Bréfritari: Sigríður Pálsdóttir
Viðtakandi: Páll Pálsson
Dagsetning: A-1863-04-11
Skrifað á: Breiðabólsstað  Rang.
Páll var bróðir Sigríðar

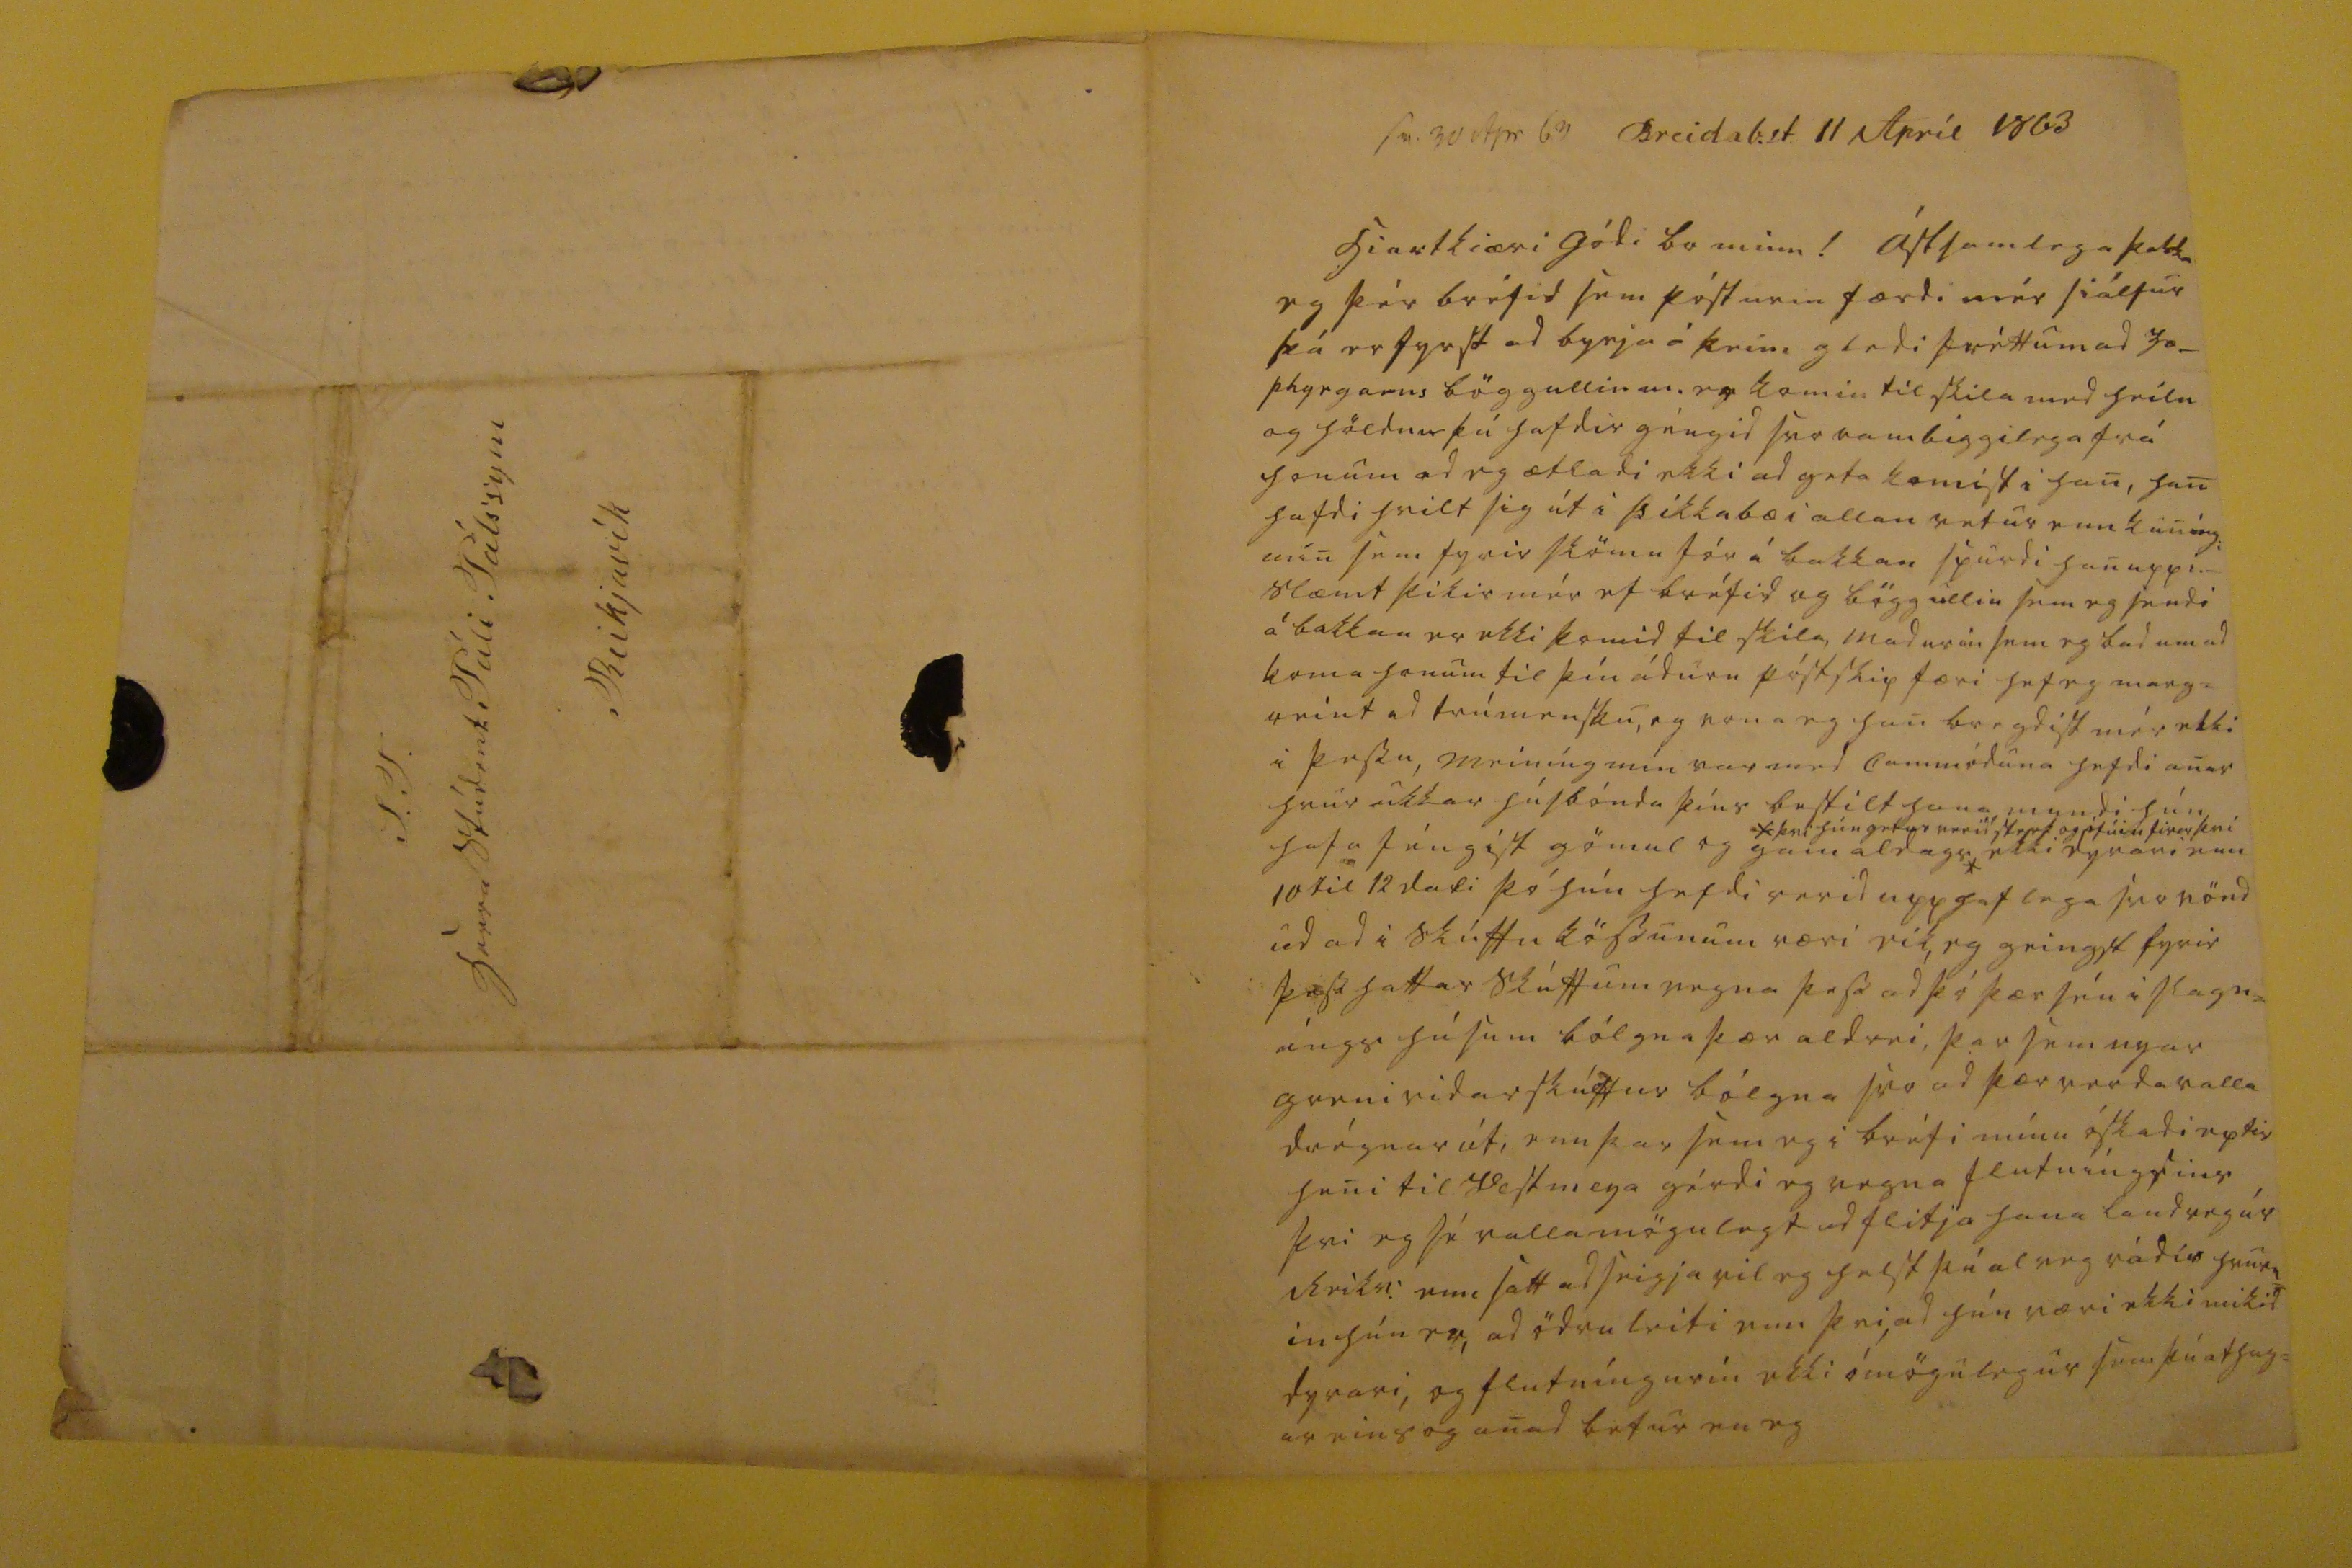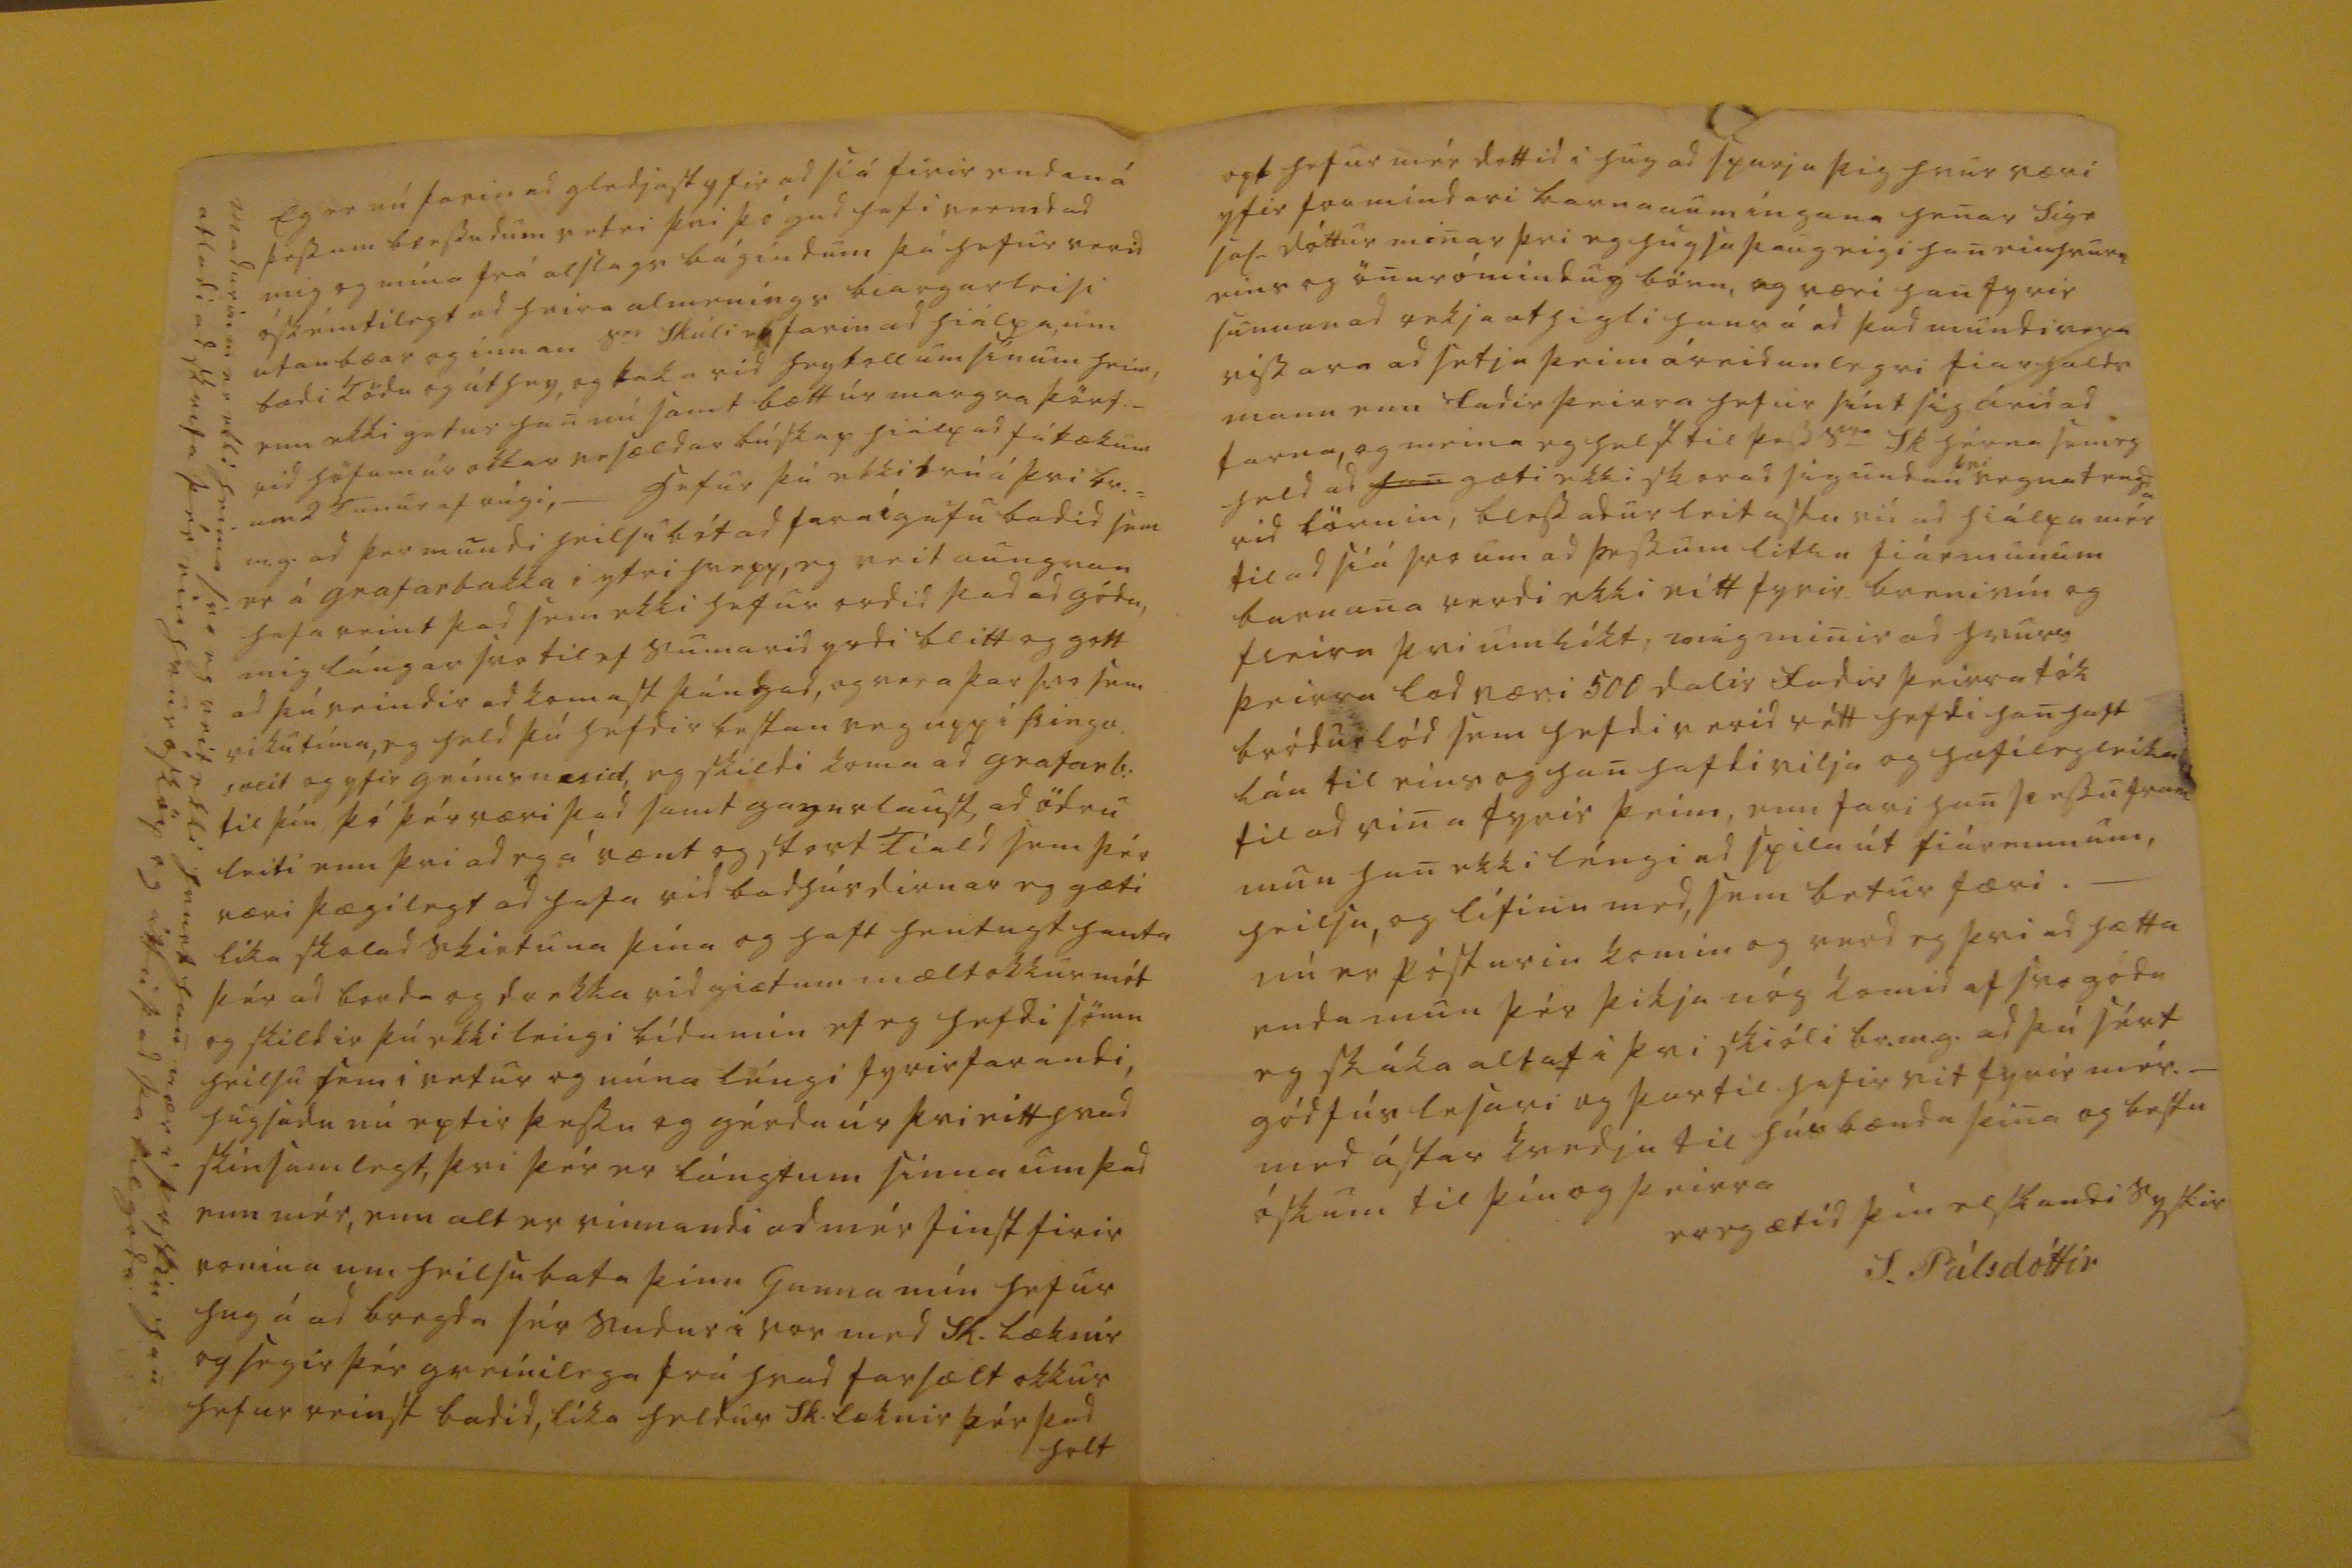

sv. 30 Apr 63
Breidab.st. 11 April 1863
hiartkiæri gódi br minn!
ástsamlega þakka eg þér bréfid sem pósturin færdi mér siálfur þá er fyrst ad byrja á þeim gledi fréttum ad
0o_ plyegarns
böggullin m. er komin til skila med heilu og höldnu þú hafdir géngid svo rambiggilega frá honum ad eg ætladi ekki ad geta komist i han, han hafdi hvilt sig út i þikkabæ i allan vetur enn kuníngi min sem fyrir skömu fór á bakkan spurdi han uppi._ slæmt þikir mér ef bréfid og böggullin sem eg sendi á bakkan er ekki komid til skila, madurin sem eg bad um ad koma honum til þín ádurn póstskip færi hef eg marg= reint ad trúmensku, og vona eg han bregdist mér ekki i þessu, meiníng mín var med commóduna hefdi anar hvur ukkar húsbónda þíns bestilt hana myndi hún hafa féngist gömul og gamaldags*
*þvi hún getur verid sterk og i fúin firir þvi
ekki dyrari enn 10 til 12 dali þó hún hafdi verid upphaflega svo vönd ud ad i skúffu kössunum væri eik, eg geingst fyrir þess hattar skúffum vegna þess ad þó þær séu i slagn= íngs húsum bólgna þær aldrei, þar sem nyar grenividarskúffur bólgna svo ad þær verda valla drégnar út, enn þar sem eg i bréfi mínu óskadi eptir heni til Vestmeya gérdi eg vegna flutníngsins þvi eg sé valla mögulegt ad flitja hana landveg úr Reikv. enn satt ad seigja vil eg helst þá alveg rádin hvurn= in hún er, ad ödru leiti enn þvi, ad hún væri ekki mikid dyrari, og flutníngurin ekki ómögulegur sem þú athug= ar eins og anad betur en eg
Eg var nú farin ad gledjast yfir ad siá firir endan á þessum blessudum vetri þvi þó gud hafi verndad mig og mína frá alslags bágindum þá hefur verid óskémtilegt ad heira almeníngs biargarleisi utanbæar og innan s
er
Skúli er farin ad hiálpa um bædi Tödu og úthug, og taka vid hugkollum sínum heim, enn ekki getur han nú samt bætt úr margra þörf._ vid höfum úr okkar vesældar búskap hiálp ad fátækum um 2 Tunur af rúgi, _ hefur þú ekki trú á þvi br.= m.g. ad þar mundi heilsubót ad fara i gufubadid sem er á grafarbakka i ytri hrepp, eg veit aungvan hafa reint þad sem ekki hefur ordid þad ad gódu, mig lángar svo til ef sumarid yrdi blitt og gott ad þú reindir ad komast þángad, og vera þar svo sem viku tíma, eg held þú hefdir bestan veg upp i Þingv. sveit og yfir grímsnesid, eg skildi koma ad grafarb: til þín þó þér væri þad samt gagnslaust, ad ödru leiti enn þvi ad eg á vænt og stort Tiald sem þér væri þægilegt ad hafa vid badhúsdirnar eg gæti líka skolad skirtuna þína og haft hentugt handa þér ad borda og drekka vid giætum mælt okkur mót og skildir þú ekki leingi bída enn ef eg hefdi sömu heilsu sem i vetur og núna léngi fyrirfarandi, hugsadu nú eptir þessu og gérdu úr þvi eitthvad skinsamlegt, þvi þér er lángtum sinna um þad enn mér, enn alt er vinnandi ad mér first firir vonina um heilsubata þinn Gunna mín hefur hug á ad bregda sér sudur i vor med Sk. læknir og segir þér greinilega frá hvad farsælt okkur hefur reinst badid, líka heldur Sk. læknir þér þad holt
opt hefur mér dottid i hug ad spurja þig hvur væri yfir formindari barnaaumingana henar Sigr
Sal.
dóttur minar þvi eg hugsa þaug eigi han einhvurn eins og önur ómindug börn, og væri han fyrir sunnan ad yrkja athigli hans á ad þad mundi vera vissara ad setja þeim áreidanlegri fiarhalds mann enn fadir þeirra hefur sínt sig árid ad farna, og meina eg helst til þess s
er
Sk hérna sem eg held ad
han
gæti ekki skorad sig undan
þvi
vegna tengda vid börnin, blessadur leitastu vid ad hiálpa mér til ad siá svo um ad þessum litlu fiármunum barnana verdi ekki eitt fyrir brenivín og fleira þvi um líkt, mig minir ad hvurs þeirra lod væri 500 dalir fadir þeirra tók bródur lód sem hefdi verid rétt hefdi han haft lán til eins og han hafdi vilja og hæfileg leika til ad vina fyrir þeim, enn fari han þessu fram mun han ekki léngi ad spila út fiármunum, heilsu, og lífinu med, sem betur færi. _ nú er pósturin komin og verd eg þvi ad hætta enda mun þér þikja nóg komid af svo gódu eg skáka altaf i þvi skióli br.m.g. ad þú sért gódfús lesari og þar til hafir vit fyrir mér._ med ástar kvedju til húsbænda þina og bestu óskum til þín og þeirra
er eg ætíd þin elskandi systir
S. Pálsdóttir
S.T. herra Stúdent Páli Pálssyni Reikjavík